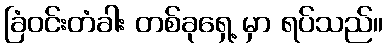
ခြံဝင်းတံခါး တစ်ခုရှေ့ မှာ ရပ်သည်။